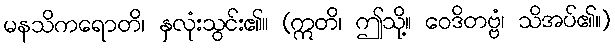
မနသိကရောတိ၊ နှလုံးသွင်း၏။ (ဣတိ၊ ဤသို့။ ဝေဒိတဗ္ဗံ၊ သိအပ်၏။)